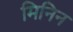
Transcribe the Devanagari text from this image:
मिनिन